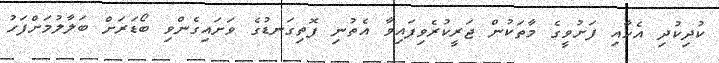
ކުދިކުދި އެހާއި ފަށުވީގެ މާތަކުން ޖަރީކުރެވިފައިވާ އެތުނި ފޮތިގަނޑުގެ ވަށައިގެންވި ބޯޑަރަށް ބަލާލުމަށްފަހު